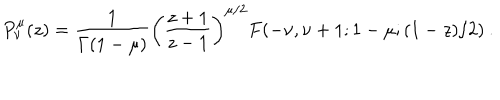
LaTeX: P _ { \nu } ^ { \mu } ( z ) = \frac { 1 } { \Gamma ( 1 - \mu ) } \left( \frac { z + 1 } { z - 1 } \right) ^ { \mu / 2 } F ( - \nu , \nu + 1 ; 1 - \mu ; ( 1 - z ) / 2 ) \: . \nonumber